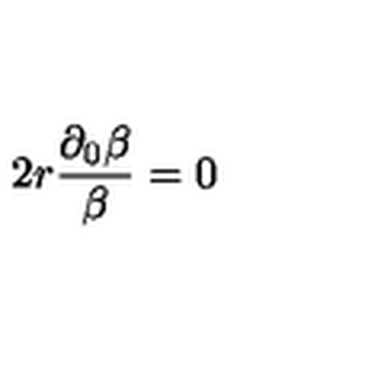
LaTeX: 2 r \frac { \partial _ { 0 } \beta } { \beta } = 0